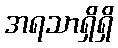
အရသာရှိရှိ